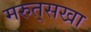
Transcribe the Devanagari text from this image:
मरुत्‌सखा